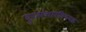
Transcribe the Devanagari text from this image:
दूरसंचारविषयक